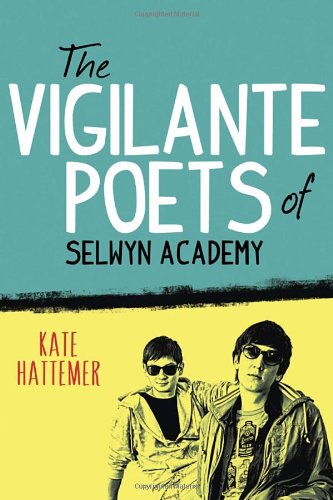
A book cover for The Vigilante Poets of Selwyn Academy; Kate Hattemer; Teen & Young Adult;